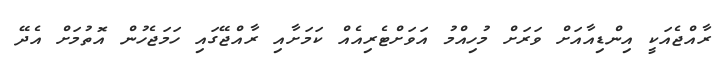
ރާއްޖެއަކީ އިންޑިއާއަށް ވަރަށް މުހިއްމު އަވަށްޓެރިއެއް ކަމަށާއި ރާއްޖޭގައި ހަމަޖެހުން އޮތުމަށް އެދޭ